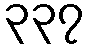
၃၃၇